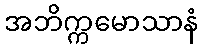
အဘိက္ကမောသာနံ